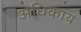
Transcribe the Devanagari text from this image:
अधिकाय